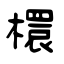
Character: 檈